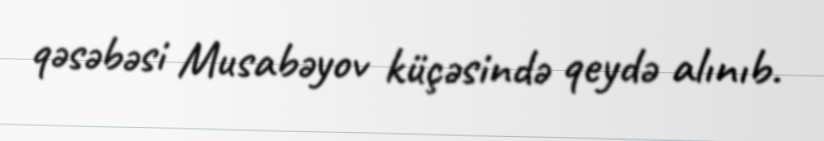
qəsəbəsi Musabəyov küçəsində qeydə alınıb.